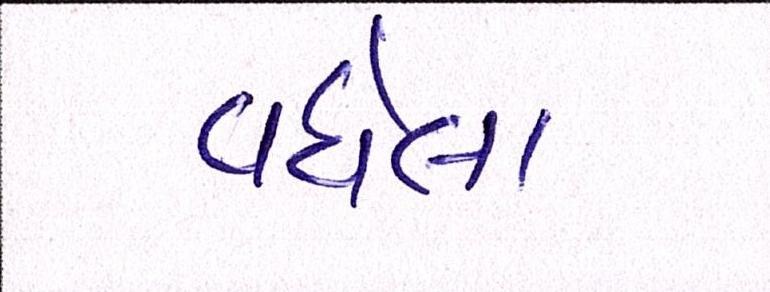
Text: વધેલા